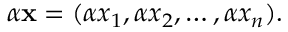
\alpha \mathbf { x } = ( \alpha x _ { 1 } , \alpha x _ { 2 } , \ldots , \alpha x _ { n } ) .